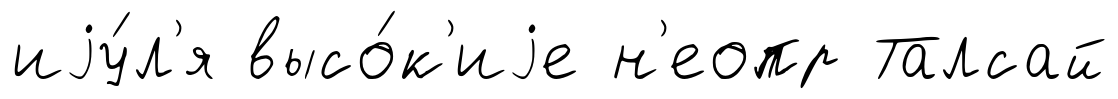
иjу́л'я высо́к'иjе н'еопр Талсай